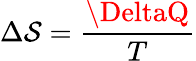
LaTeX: \Delta\mathcal{S}={\frac{{\DeltaQ}}{{T}}}